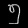
Digit: ၅